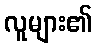
လူများ၏